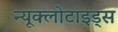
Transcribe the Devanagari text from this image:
न्यूक्लोटाइड्स